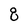
Character: 8